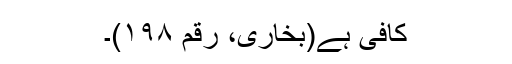
کافی ہے(بخاری، رقم ۱۹۸)۔